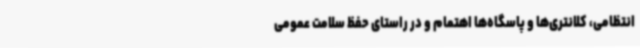
انتظامی، کلانتری‌ها و پاسگاه‌ها اهتمام و در راستای حفظ سلامت عمومی